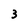
Character: 3